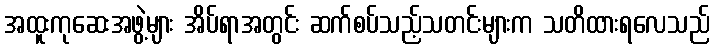
အထူးကုဆေးအဖွဲ့များ အိပ်ရာအတွင်း ဆက်စပ်သည့်သတင်းများက သတိထားရလေသည်